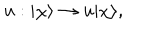
u : | \chi \rangle \rightarrow u | \chi \rangle ,